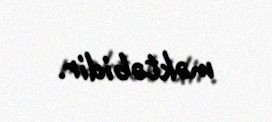
məktəbidir.